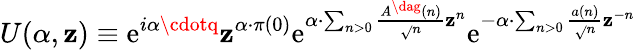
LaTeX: U(\alpha,\mathbf{z})\equiv\mathrm{e}^{i\alpha\cdotq}\mathbf{z}^{\alpha\cdot\pi(0)}\mathrm{e}^{\alpha\cdot\sum_{n>0}\frac{{A^{\dag}(n)}}{{\sqrt{}{{n}}}}\mathbf{z}^{n}}\mathrm{e}^{-\alpha\cdot\sum_{n>0}\frac{{a(n)}}{{\sqrt{}{{n}}}}\mathbf{z}^{-n}}